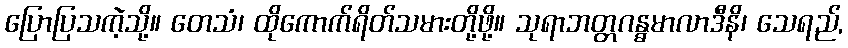
ပြောပြသကဲ့သို့။ တေသံ၊ ထိုကောက်ရိတ်သမားတို့ဖို့။ သုရာဘတ္တဂန္ဓမာလာဒီနိ၊ သေရည်,